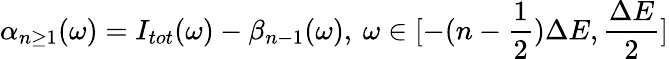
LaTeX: \alpha_{n\ge 1}(\omega)=I_{tot}(\omega)-\beta_{n-1}(\omega),\: \omega\in[-(n-\frac{1}{2})\Delta E,\frac{\Delta E}{2}]